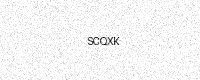
Text: SCQXK